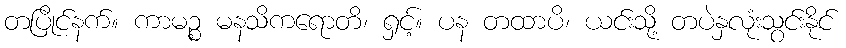
တပြိုင်နက်။ ကာမဉ္စ မနသိကရောတိ၊ ရှင့်။ ပန တထာပိ၊ ယင်းသို့ တပဲနှလုံးသွင်းနိုင်